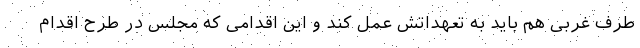
طرف غربی هم باید به تعهداتش عمل کند و این اقدامی که مجلس در طرح اقدام